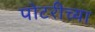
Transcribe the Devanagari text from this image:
पोटरीच्या